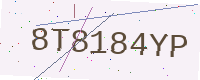
Text: 8T8184YP